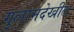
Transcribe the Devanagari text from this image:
गुलामदेखील